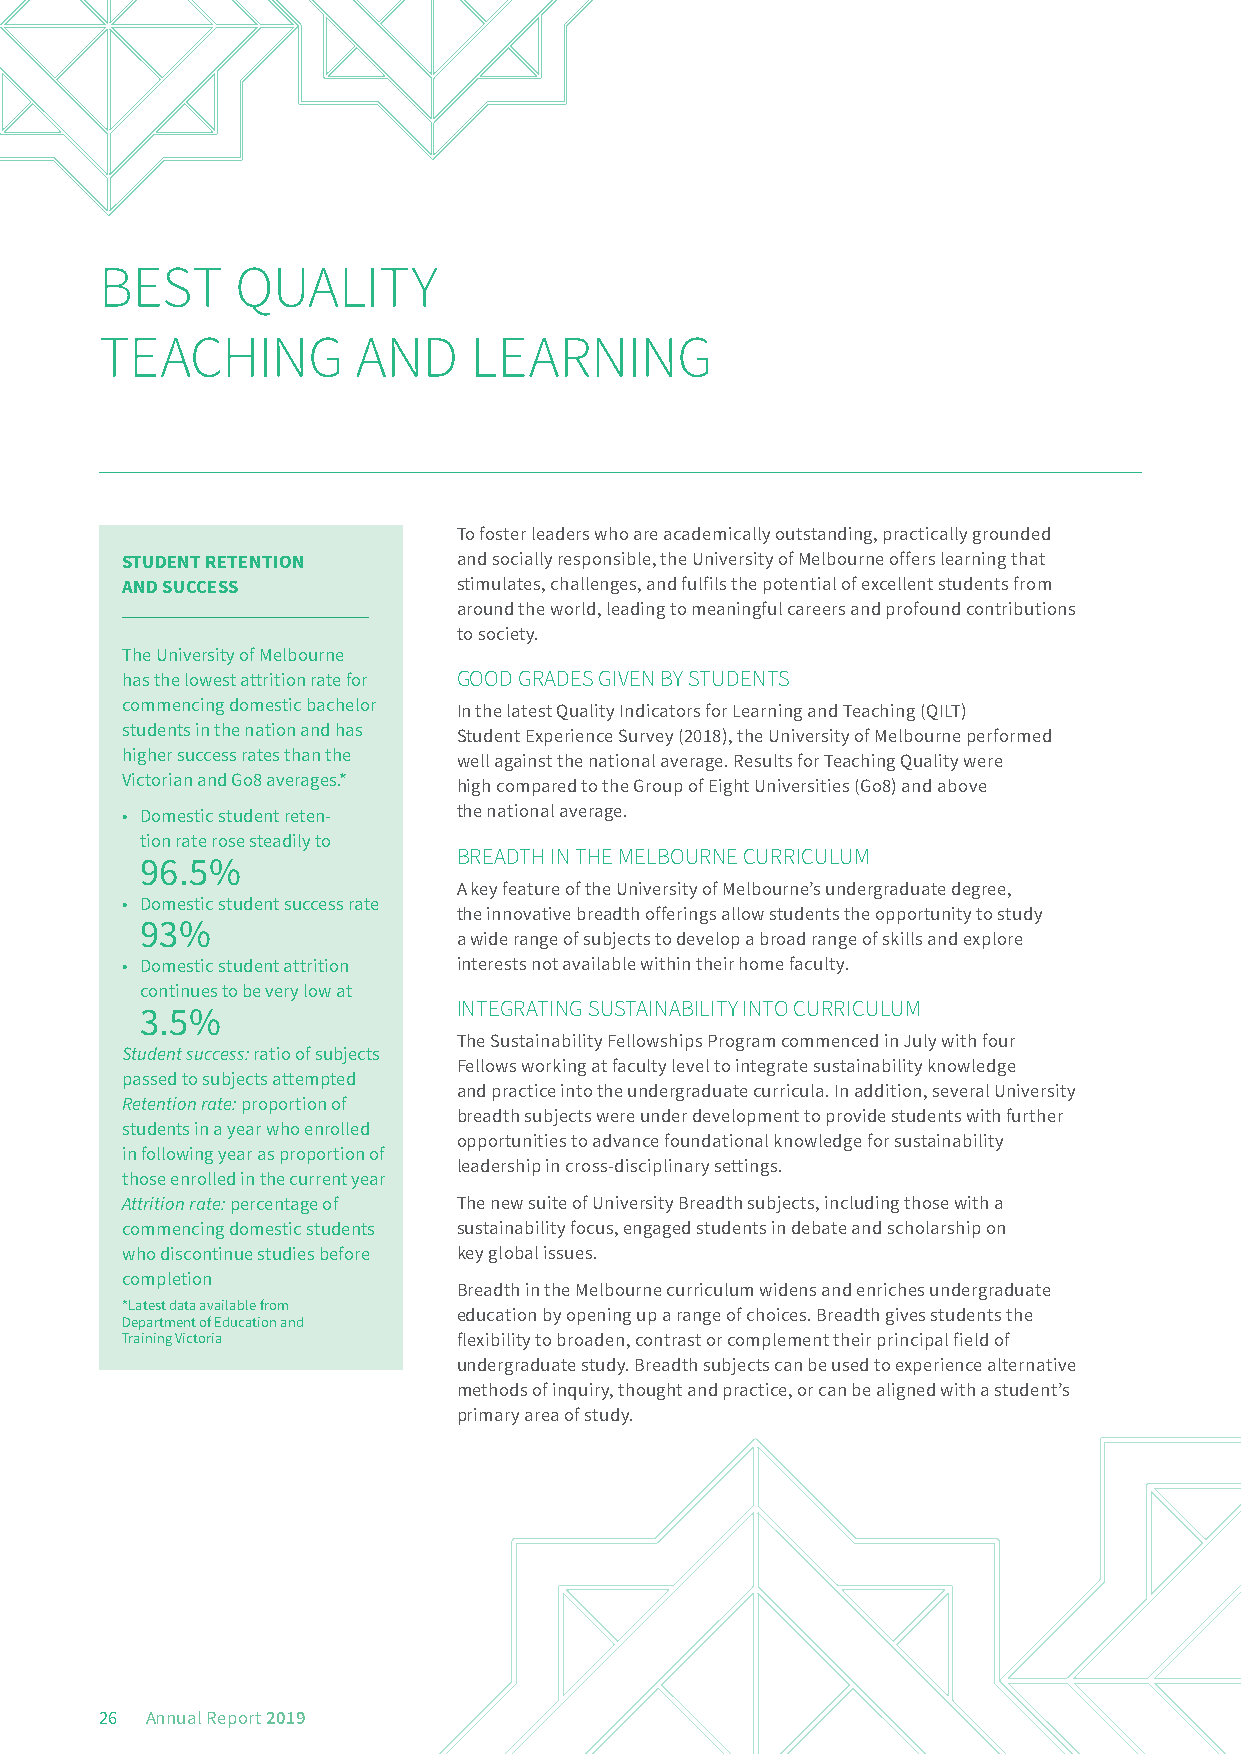
BEST     QUALITY
 TEACHING         AND    LEARNING
 To foster leaders who are academically outstanding, practically grounded
 STUDENT RETENTION     and socially responsible, the University of Melbourne offers learning that
 AND SUCCESS           stimulates, challenges, and fulfils the potential of excellent students from
 around the world, leading to meaningful careers and profound contributions
 to society.
 The University of Melbourne
 has the lowest attrition rate for GOOD GRADES GIVEN BY STUDENTS
 commencing domestic bachelor
 In the latest Quality Indicators for Learning and Teaching (QILT)
 students in the nation and has
 Student Experience Survey (2018), the University of Melbourne performed
 higher success rates than the
 well against the national average. Results for Teaching Quality were
 Victorian and Go8 averages.*
 high compared to the Group of Eight Universities (Go8) and above
 • Domestic student reten- the national average.
 tion rate rose steadily to
 BREADTH IN THE MELBOURNE CURRICULUM
 96.5%
 A key feature of the University of Melbourne’s undergraduate degree,
 • Domestic student success rate
 the innovative breadth offerings allow students the opportunity to study
 93%
 a wide range of subjects to develop a broad range of skills and explore
 • Domestic student attrition interests not available within their home faculty.
 continues to be very low at
 INTEGRATING SUSTAINABILITY INTO CURRICULUM
 3.5%
 The Sustainability Fellowships Program commenced in July with four
 Student success: ratio of subjects
 Fellows working at faculty level to integrate sustainability knowledge
 passed to subjects attempted
 and practice into the undergraduate curricula. In addition, several University
 Retention rate: proportion of
 breadth subjects were under development to provide students with further
 students in a year who enrolled
 opportunities to advance foundational knowledge for sustainability
 in following year as proportion of
 leadership in cross-disciplinary settings.
 those enrolled in the current year
 Attrition rate: percentage of The new suite of University Breadth subjects, including those with a
 commencing domestic students sustainability focus, engaged students in debate and scholarship on
 who discontinue studies before key global issues.
 completion
 Breadth in the Melbourne curriculum widens and enriches undergraduate
 *Latest data available from
 education by opening up a range of choices. Breadth gives students the
 Department of Education and
 Training Victoria     flexibility to broaden, contrast or complement their principal field of
 undergraduate study. Breadth subjects can be used to experience alternative
 methods of inquiry, thought and practice, or can be aligned with a student’s
 primary area of study.
 26 Annual Report 2019